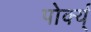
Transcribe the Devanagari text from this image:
पोर्क्य्